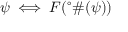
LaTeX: \psi \iff F ( ^ { \circ } \# ( \psi ) )